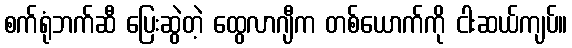
စက်ရုံဘက်ဆီ ပြေးဆွဲတဲ့ ထွေလာဂျီက တစ်ယောက်ကို ငါးဆယ်ကျပ်။